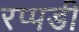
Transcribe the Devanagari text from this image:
रप्पडी